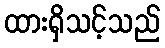
ထားရှိသင့်သည်